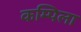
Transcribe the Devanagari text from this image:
कम्पिला